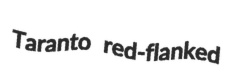
Taranto red-flanked